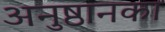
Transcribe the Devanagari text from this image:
अनुष्ठानका